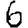
Digit: 6